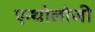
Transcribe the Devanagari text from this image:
एन्थोलोजी